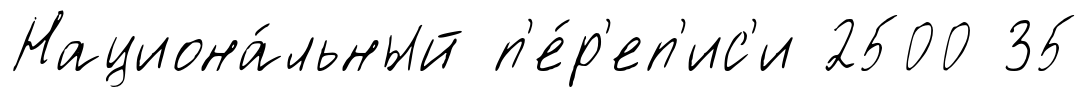
Национа́льный п'е́р'еп'ис'и 2500 35